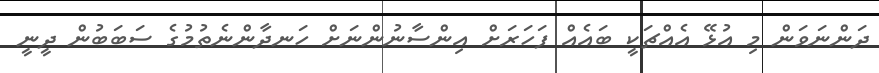
ދަންނަވަން މި އުޅޭ އެއްޗަކީ ބައެއް ފަހަރަށް އިންސާނުންނަށް ހަނދާންނެތުމުގެ ސަބަބުން ދީނީ